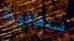
سنغافورة